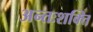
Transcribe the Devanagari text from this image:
अन्तःशक्ति